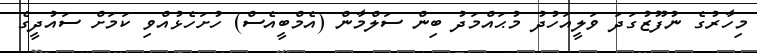
މިހާރުގެ ނުފޫޒުގަދަ ވަލީއަހުދު މުޙައްމަދު ބިން ސަލްމާން (އެމްބީއެސް) ހުށަހެޅުއްވި ކަމަށް ސައުދީގެ